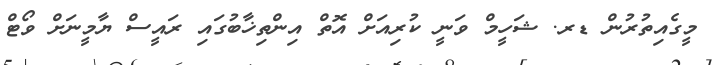
މީގެއިތުރުން ޑރ. ޝަހީމް ވަނީ ކުރިއަށް އޮތް އިންތިޚާބުގައި ރައީސް ޔާމީނަށް ވޯޓް